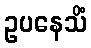
ဥပနေသိံ